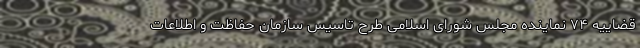
قضاییه ۷۴ نماینده مجلس شورای اسلامی طرح تاسیس سازمان حفاظت و اطلاعات